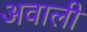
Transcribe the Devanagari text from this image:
अवाली